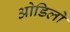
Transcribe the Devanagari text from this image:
ओडिलो